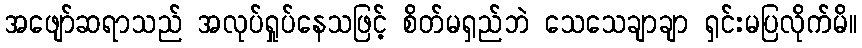
အဖျော်ဆရာသည် အလုပ်ရှုပ်နေသဖြင့် စိတ်မရှည်ဘဲ သေသေချာချာ ရှင်းမပြလိုက်မိ။